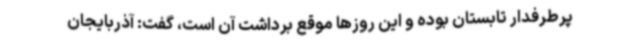
پرطرفدار تابستان بوده و این روزها موقع برداشت آن است، گفت: آذربایجان